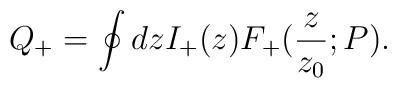
Q_+=\oint dz I_+(z) F_+({z\over z_0};P).